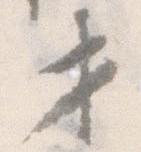
せ